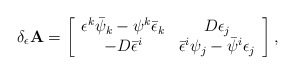
\begin{align*}\delta_{\epsilon}\mbox{{\bf A}}=\left[ \begin{array}{cc}\epsilon^k\bar{\psi}_k- \psi^k\bar{\epsilon}_k & D\epsilon_j \\ -D\bar{\epsilon}^i & \bar{\epsilon}^i\psi_j-\bar{\psi}^i\epsilon_j\end{array}\right], \end{align*}